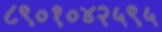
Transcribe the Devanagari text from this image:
८९०१०४२५९५